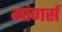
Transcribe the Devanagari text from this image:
मांगर्स